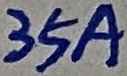
Text: 35A